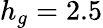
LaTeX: h_{g}=2.5